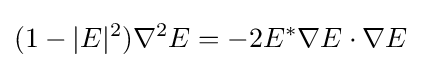
(1-|E|^{2})\nabla ^{2}E=-2E^{*}\nabla E\cdot \nabla E